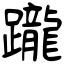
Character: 躘